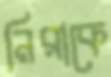
নিরাকে